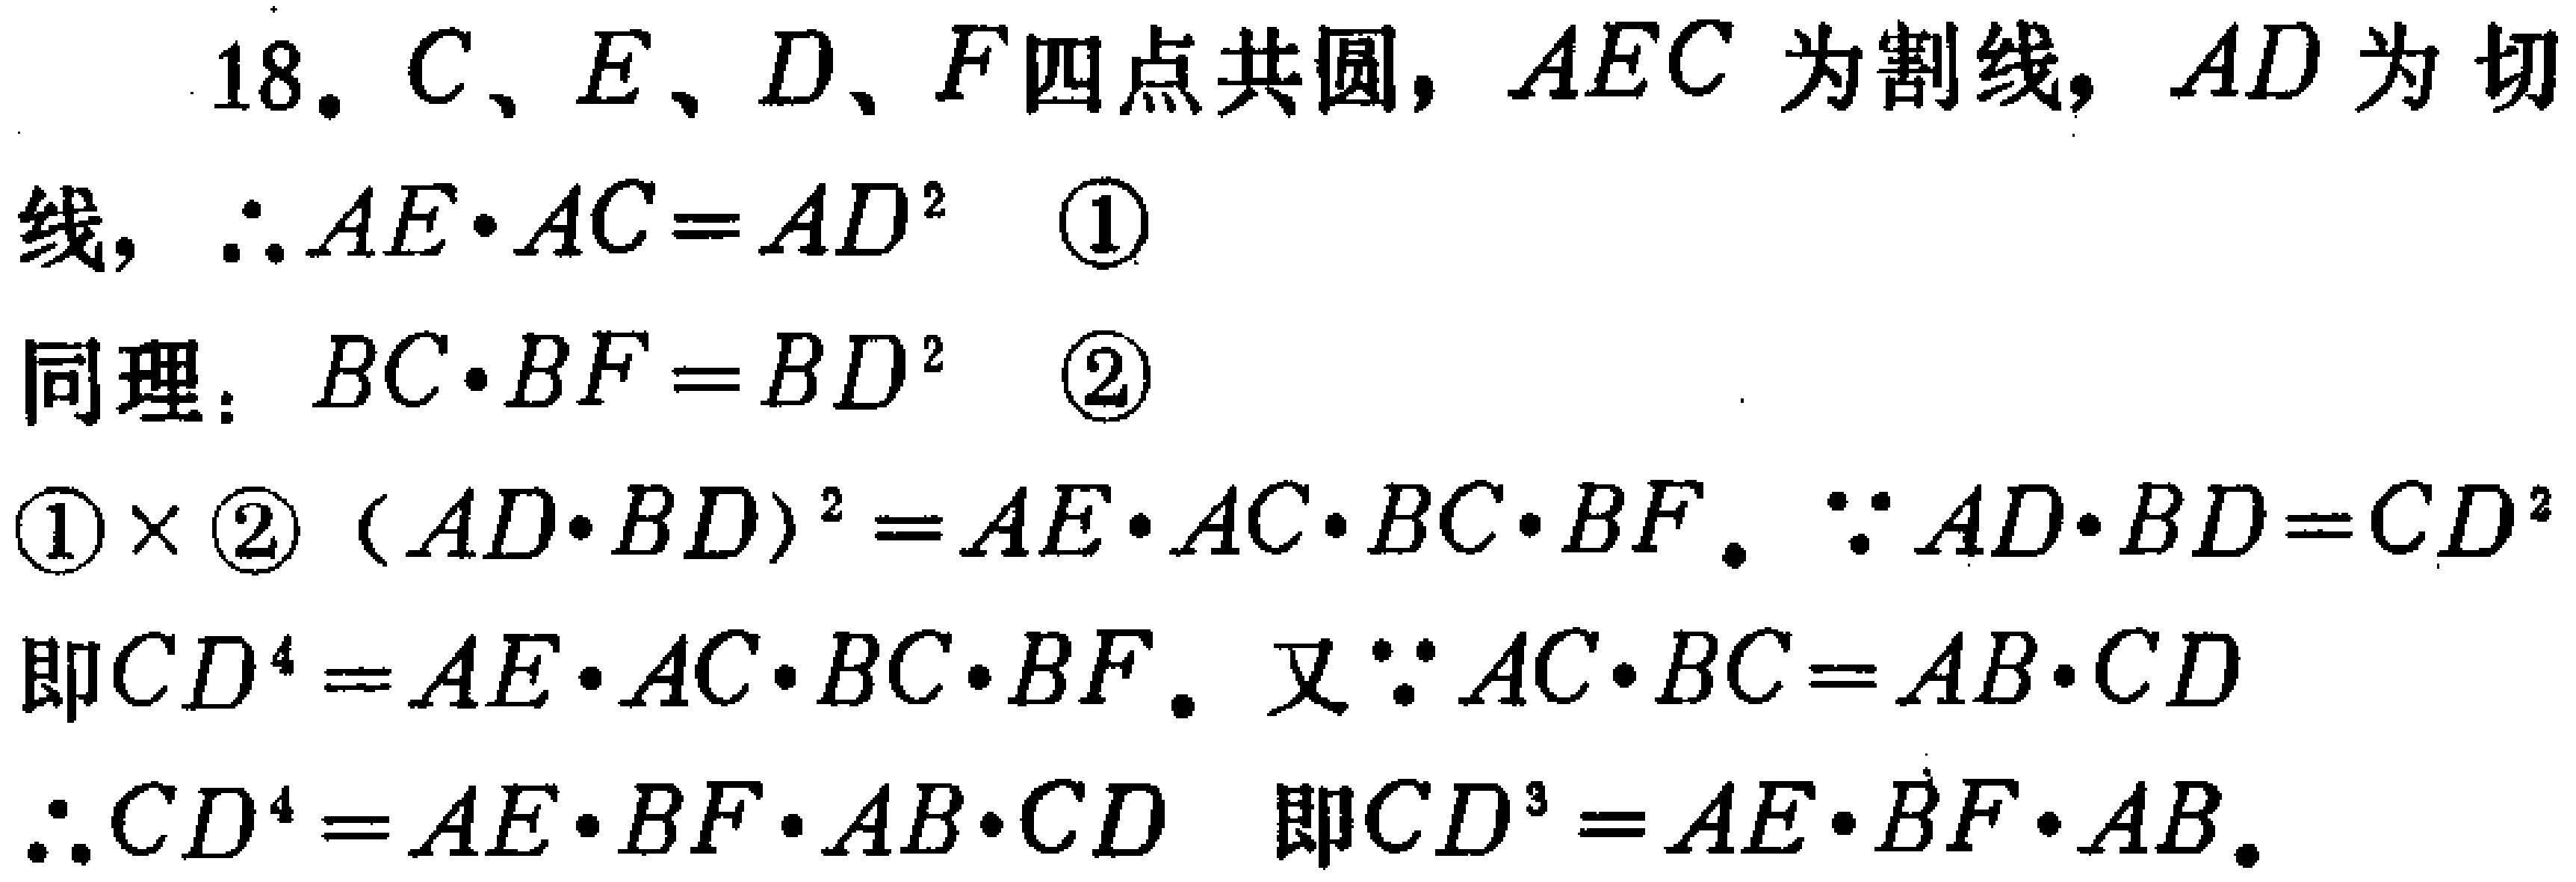
18. \(C、E、D、F\)四点共圆，\(AEC\)为割线，\(AD\)为切线，\(\therefore AE\cdot AC = AD^{2}\)  \(\textcircled{1}\)

同理：\(BC\cdot BF = BD^{2}\)  \(\textcircled{2}\)

\(\textcircled{1}\times\textcircled{2}\) \((AD\cdot BD)^{2}=AE\cdot AC\cdot BC\cdot BF\)。\(\because AD\cdot BD = CD^{2}\)

即\(CD^{4}=AE\cdot AC\cdot BC\cdot BF\)。又\(\because AC\cdot BC = AB\cdot CD\)

\(\therefore CD^{4}=AE\cdot BF\cdot AB\cdot CD\) 即\(CD^{3}=AE\cdot BF\cdot AB\)。